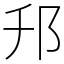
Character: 䢴